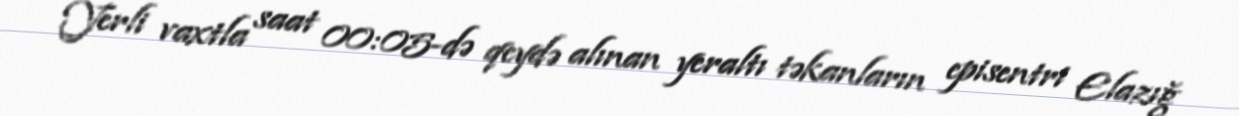
Yerli vaxtla saat 00:05-də qeydə alınan yeraltı təkanların episentri Elazığ